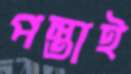
পস্তাই